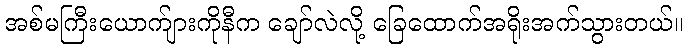
အစ်မကြီးယောက်ျားကိုနီက ချော်လဲလို့ ခြေထောက်အရိုးအက်သွားတယ်။